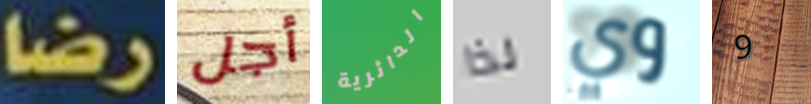
رضا أجل الدائرية لذا وي 9